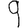
Digit: 9